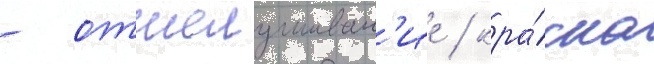
- отшелушиван'ие / кра́ска